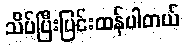
သိပ်ပြီးပြင်းထန်ပါတယ်